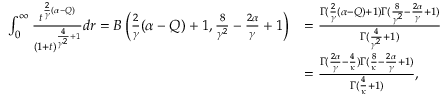
\begin{array} { r l } { \int _ { 0 } ^ { \infty } \frac { t ^ { \frac { 2 } { \gamma } ( \alpha - Q ) } } { ( 1 + t ) ^ { \frac { 4 } { \gamma ^ { 2 } } + 1 } } d r = B \left( \frac { 2 } { \gamma } ( \alpha - Q ) + 1 , \frac { 8 } { \gamma ^ { 2 } } - \frac { 2 \alpha } { \gamma } + 1 \right) } & { = \frac { \Gamma ( \frac { 2 } { \gamma } ( \alpha - Q ) + 1 ) \Gamma ( \frac { 8 } { \gamma ^ { 2 } } - \frac { 2 \alpha } { \gamma } + 1 ) } { \Gamma ( \frac { 4 } { \gamma ^ { 2 } } + 1 ) } } \\ & { = \frac { \Gamma ( \frac { 2 \alpha } { \gamma } - \frac { 4 } { \kappa } ) \Gamma ( \frac { 8 } { \kappa } - \frac { 2 \alpha } { \gamma } + 1 ) } { \Gamma ( \frac { 4 } { \kappa } + 1 ) } , } \end{array}